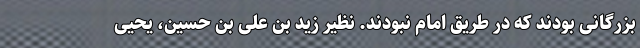
بزرگانی بودند که در طریق امام نبودند. نظیر زید بن علی بن حسین،‌ یحیی